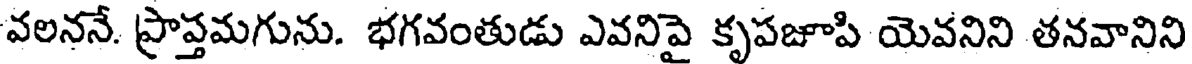
వలననే. ప్రాప్తమగును. భగవంతుడు ఎవనిపై కృపజూపి యెవనిని తనవానిని